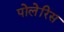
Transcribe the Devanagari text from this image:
पोलेरिस